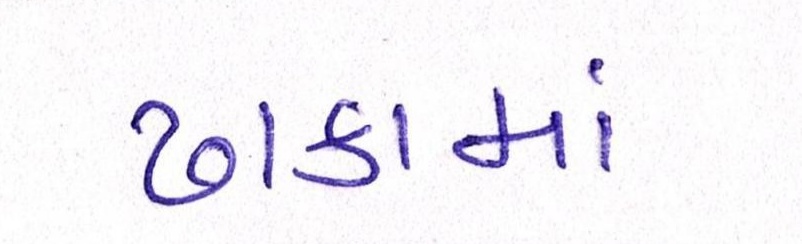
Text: ઢાકામાં